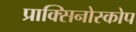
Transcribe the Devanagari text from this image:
प्राक्सिनोस्कोप